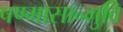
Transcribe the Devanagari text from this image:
षण्मासान्भुवि